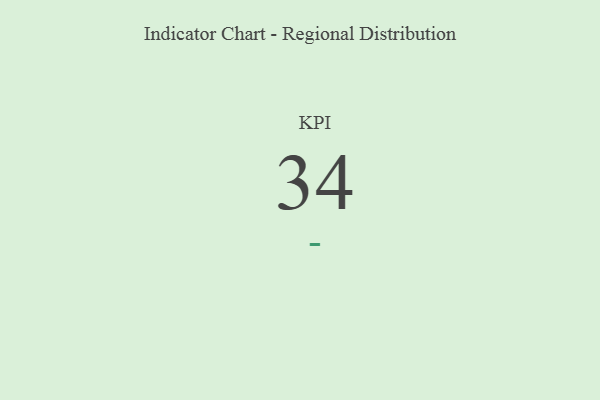
{"axis": {"x": "KPI", "y": "Value"}, "legend": [""], "data": [{"x": "KPI", "y": 34, "type": ""}]}